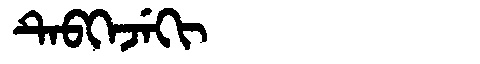
Manchu: ᡨᡝᠪᡴᡝᠵᡝᡴᡳ
Romanization: TEBKEJEKI